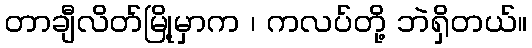
တာချီလိတ်မြို့မှာက ၊ ကလပ်တို့ ဘဲရှိတယ်။